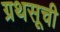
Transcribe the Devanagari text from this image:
ग्रथसूची